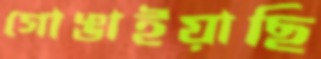
গোঙাইয়াছি